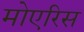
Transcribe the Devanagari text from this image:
मोएरिस